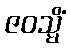
ဇဝသ္မိံ